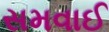
સમવાઈ